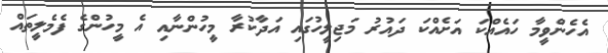
އެހެންވީމާ ހައެއްކަ އަށެއްކަ ދައުރު މަޖިލީހުގައި އަދާކުރާ މީހުންނާއި އެ މީހުންގެ ފެމެލީތައް